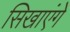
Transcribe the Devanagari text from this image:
सिखाएंगे